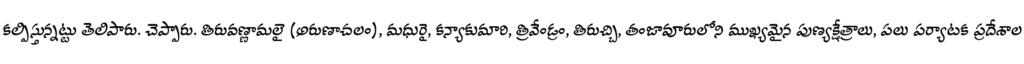
కల్పిస్తున్నట్టు తెలిపారు. చెప్పారు. తిరువణ్ణామలై (అరుణాచలం), మధురై, కన్యాకుమారి, త్రివేండ్రం, తిరుచ్చి, తంజావూరులోని ముఖ్యమైన పుణ్యక్షేత్రాలు, పలు పర్యాటక ప్రదేశాల